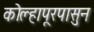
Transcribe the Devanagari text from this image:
कोल्हापूरपासुन